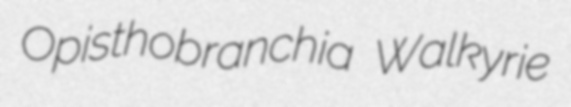
Opisthobranchia Walkyrie